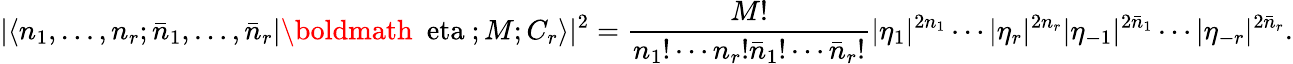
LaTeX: |\langle n_{1},\ldots,n_{r};\bar{n}_{1},\ldots,\bar{n}_{r}|\mathrm{\boldmath~\ eta~};M;C_{r}\rangle|^{2}={\frac{M!}{n_{1}!\cdots n_{r}!\bar{n}_{1}!\cdots\bar{n}_{r}!}}|\eta_{1}|^{2n_{1}}\cdots|\eta_{r}|^{2n_{r}}|\eta_{-1}|^{2\bar{n}_{1}}\cdots|\eta_{-r}|^{2\bar{n}_{r}}.